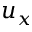
u _ { x }